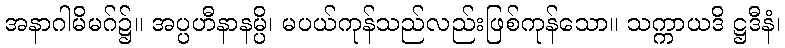
အနာဂါမိမဂ်၌။ အပ္ပဟီနာနမ္ပိ၊ မပယ်ကုန်သည်လည်းဖြစ်ကုန်သော။ သက္ကာယဒိ ဋ္ဌဒီနံ၊